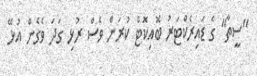
"ސީތާ" ގެ ޑައިރެކްޓަރު ބޮއިކޮޓް ކުރަން ވެސް ރުޅި ގަދަ ވެގެން އުޅޭ